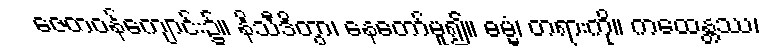
ဇေတဝန်ကျောင်း၌။ နိသီဒိတွာ၊ နေတော်မူ၍။ ဓမ္မံ၊ တရားကို။ ကထေန္တဿ၊